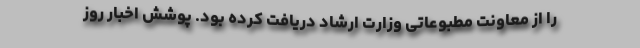
را از معاونت مطبوعاتی وزارت ارشاد دریافت کرده بود. پوشش اخبار روز